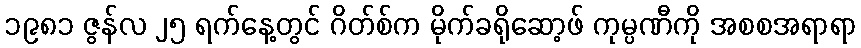
၁၉၈၁ ဇွန်လ ၂၅ ရက်နေ့တွင် ဂိတ်စ်က မိုက်ခရိုဆော့ဖ် ကုမ္ပဏီကို အစစအရာရာ